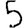
Digit: 5